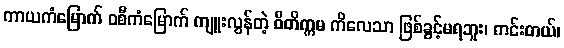
ကာယကံမြောက် ဝစီကံမြောက် ကျူးလွန်တဲ့ ဝီတိက္ကမ ကိလေသာ ဖြစ်ခွင့်မရဘူး၊ ကင်းတယ်၊